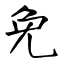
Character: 免